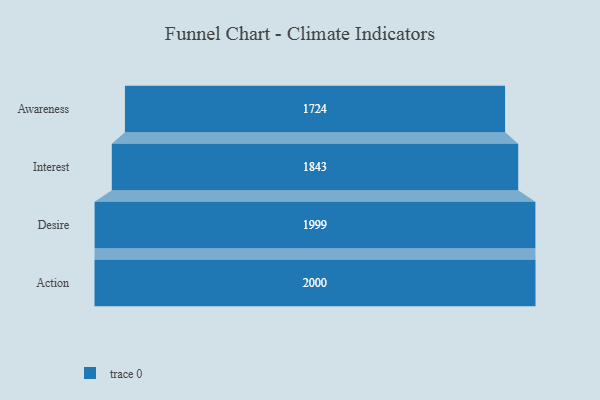
{"axis": {"x": "Stage", "y": "Value"}, "legend": [""], "data": [{"x": "Awareness", "y": 1724.0, "type": ""}, {"x": "Interest", "y": 1843.0, "type": ""}, {"x": "Desire", "y": 1999.0, "type": ""}, {"x": "Action", "y": 2000, "type": ""}]}